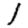
Digit: 1